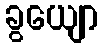
ခွယျော